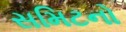
સમિટનો